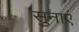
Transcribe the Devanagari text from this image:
सुनाएं